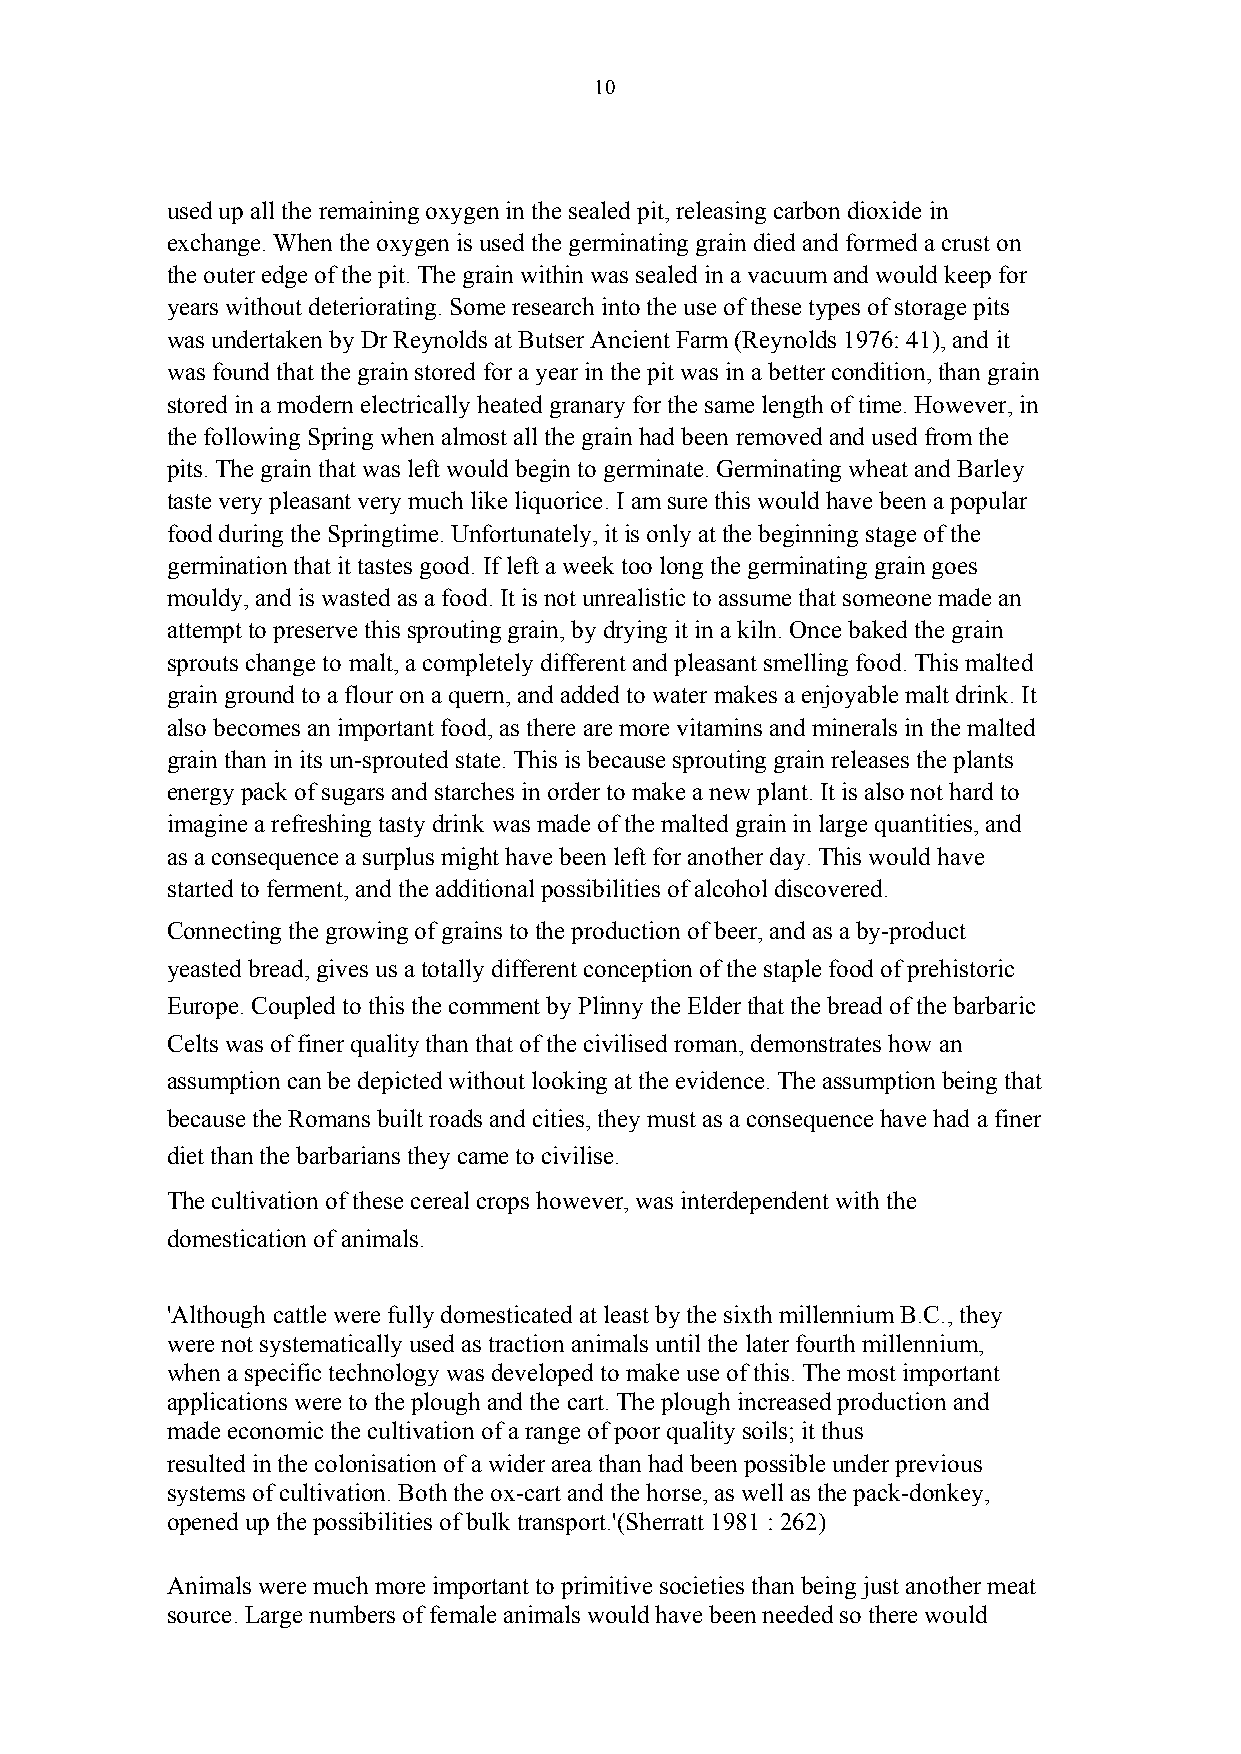
10
 used up all the remaining oxygen in the sealed pit, releasing carbon dioxide in
 exchange. When the oxygen is used the germinating grain died and formed a crust on
 the outer edge of the pit. The grain within was sealed in a vacuum and would keep for
 years without deteriorating. Some research into the use of these types of storage pits
 was undertaken by Dr Reynolds at Butser Ancient Farm (Reynolds 1976: 41), and it
 was found that the grain stored for a year in the pit was in a better condition, than grain
 stored in a modern electrically heated granary for the same length of time. However, in
 the following Spring when almost all the grain had been removed and used from the
 pits. The grain that was left would begin to germinate. Germinating wheat and Barley
 taste very pleasant very much like liquorice. I am sure this would have been a popular
 food during the Springtime. Unfortunately, it is only at the beginning stage of the
 germination that it tastes good. If left a week too long the germinating grain goes
 mouldy, and is wasted as a food. It is not unrealistic to assume that someone made an
 attempt to preserve this sprouting grain, by drying it in a kiln. Once baked the grain
 sprouts change to malt, a completely different and pleasant smelling food. This malted
 grain ground to a flour on a quern, and added to water makes a enjoyable malt drink. It
 also becomes an important food, as there are more vitamins and minerals in the malted
 grain than in its un-sprouted state. This is because sprouting grain releases the plants
 energy pack of sugars and starches in order to make a new plant. It is also not hard to
 imagine a refreshing tasty drink was made of the malted grain in large quantities, and
 as a consequence a surplus might have been left for another day. This would have
 started to ferment, and the additional possibilities of alcohol discovered.
 Connecting the growing of grains to the production of beer, and as a by-product
 yeasted bread, gives us a totally different conception of the staple food of prehistoric
 Europe. Coupled to this the comment by Plinny the Elder that the bread of the barbaric
 Celts was of finer quality than that of the civilised roman, demonstrates how an
 assumption can be depicted without looking at the evidence. The assumption being that
 because the Romans built roads and cities, they must as a consequence have had a finer
 diet than the barbarians they came to civilise.
 The cultivation of these cereal crops however, was interdependent with the
 domestication of animals.
 'Although cattle were fully domesticated at least by the sixth millennium B.C., they
 were not systematically used as traction animals until the later fourth millennium,
 when a specific technology was developed to make use of this. The most important
 applications were to the plough and the cart. The plough increased production and
 made economic the cultivation of a range of poor quality soils; it thus
 resulted in the colonisation of a wider area than had been possible under previous
 systems of cultivation. Both the ox-cart and the horse, as well as the pack-donkey,
 opened up the possibilities of bulk transport.'(Sherratt 1981 : 262)
 Animals were much more important to primitive societies than being just another meat
 source. Large numbers of female animals would have been needed so there would